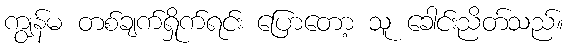
ကျွန်မ တစ်ချက်ရှိုက်ရင်း ပြောတော့ သူ ခေါင်းညိတ်သည်။